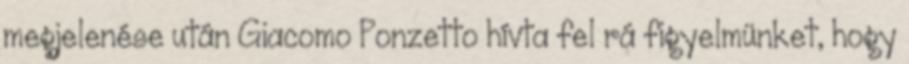
megjelenése után Giacomo Ponzetto hívta fel rá figyelmünket, hogy